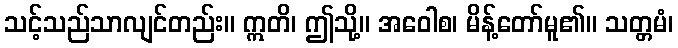
သင့်သည်သာလျင်တည်း။ ဣတိ၊ ဤသို့။ အဝေါစ၊ မိန့်တော်မူ၏။ သတ္တမံ၊